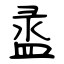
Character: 盝